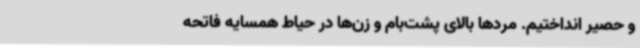
و حصیر انداختیم. مردها بالای پشت‌بام و زن‌ها در حیاط همسایه فاتحه